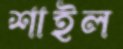
শাইল